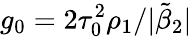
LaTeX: g_{0}=2\tau_{0}^{2}\rho_{1}/|\tilde{\beta}_{2}|